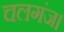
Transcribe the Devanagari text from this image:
चलगंज।